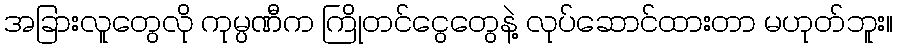
အခြားလူတွေလို ကုမ္ပဏီက ကြိုတင်ငွေတွေနဲ့ လုပ်ဆောင်ထားတာ မဟုတ်ဘူး။